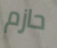
حازم